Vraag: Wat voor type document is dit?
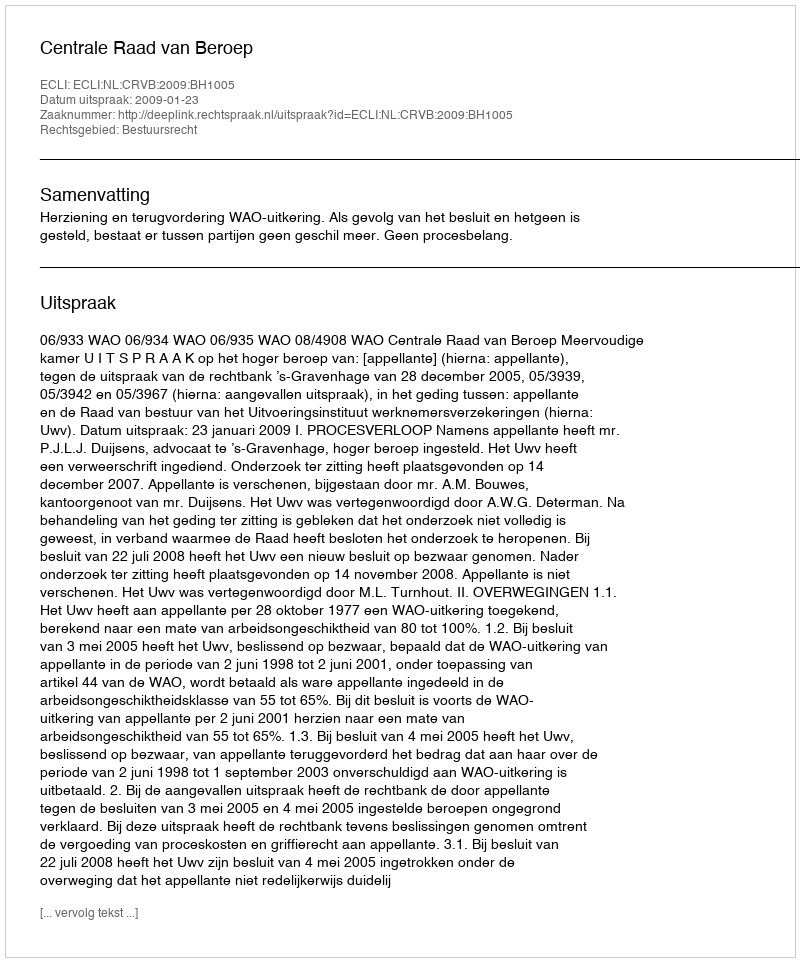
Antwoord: Uitspraak